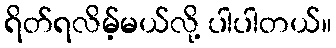
ရိတ်ရလိမ့်မယ်လို့ ပါပါတယ်။